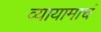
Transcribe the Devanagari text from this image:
व्यायामाचं